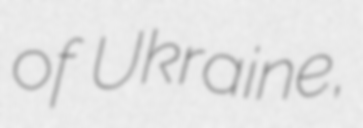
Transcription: of Ukraine,